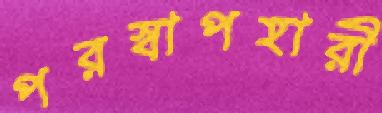
পরস্বাপহারী